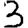
Digit: 3